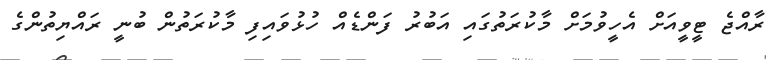
ރާއްޖެ ޓީވީއަށް އެހީވުމަށް މާކުރަތުގައި އަބުރު ފަންޑެއް ހުޅުވައިފި މާކުރަތުން ބުނީ ރައްޔިތުންގެ